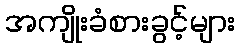
အကျိုးခံစားခွင့်များ